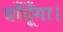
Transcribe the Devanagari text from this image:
बाँधूँगा।